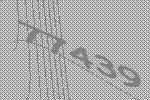
77439